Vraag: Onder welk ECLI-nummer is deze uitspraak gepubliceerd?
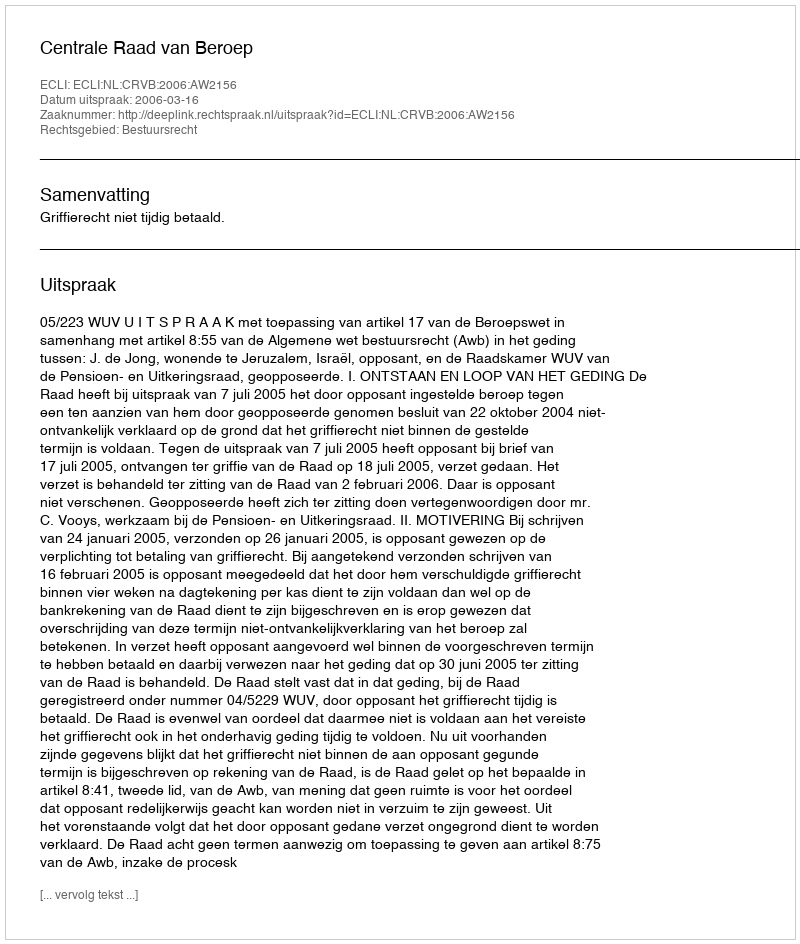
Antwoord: ECLI:NL:CRVB:2006:AW2156